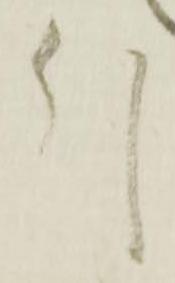
引